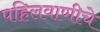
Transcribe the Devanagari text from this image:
पहिलवाणीचे